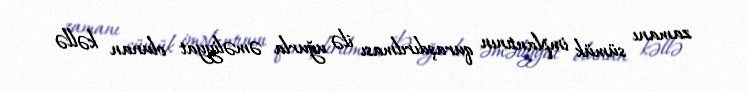
zamanı sümük implantının quraşdırılması ilə uğurla əməliyyat olunan kəllə